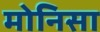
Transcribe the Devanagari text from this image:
मोनिसा